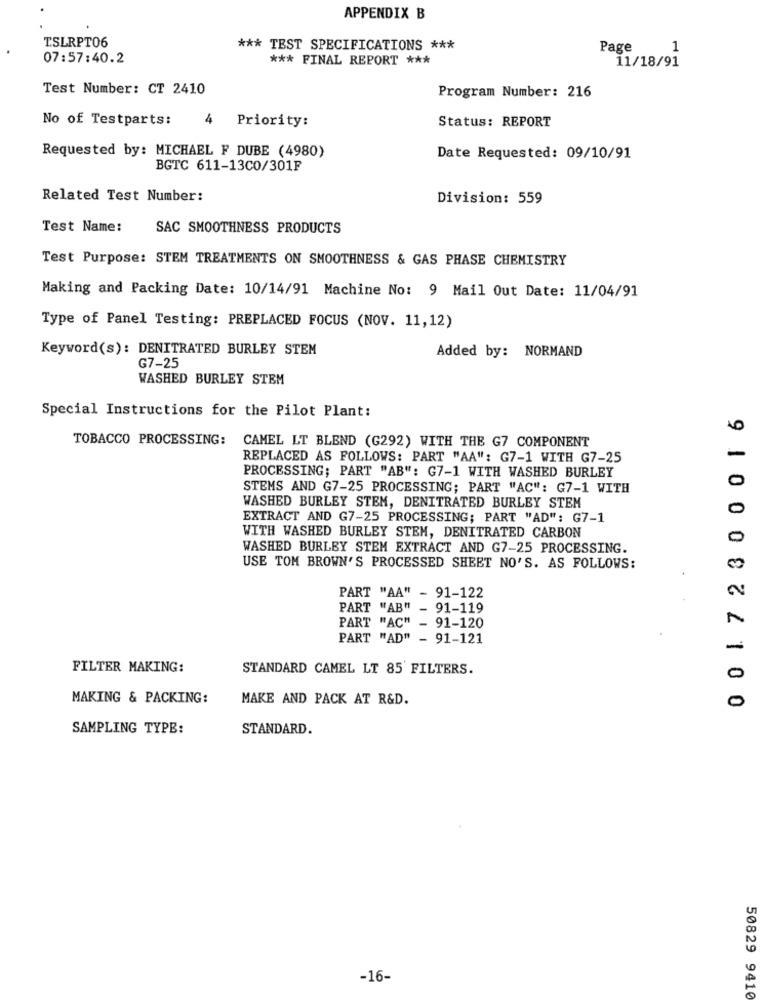
APPENDIX B
TSLRPT06
*** TEST SPECIFICATIONS ***
Page
1
07:57:40.2
*** FINAL REPORT ***
11/18/91
Test Number: CT 2410
Program Number: 216
No of Testparts:
4 Priority:
Status: REPORT
Requested by: MICHAEL F DUBE (4980)
Date Requested: 09/10/91
BGTC 611-13C0/301F
Related Test Number:
Division: 559
Test Name:
SAC SMOOTHNESS PRODUCTS
Test Purpose: STEM TREATMENTS ON SMOOTHNESS & GAS PHASE CHEMISTRY
Making and Packing Date: 10/14/91 Machine No: 9 Mail Out Date: 11/04/91
Type of Panel Testing: PREPLACED FOCUS (NOV. 11,12)
Keyword(s): DENITRATED BURLEY STEM
Added by: NORMAND
G7-25
WASHED BURLEY STEM
0 0172800016
Special Instructions for the Pilot Plant:
TOBACCO PROCESSING:
CAMEL LT BLEND (G292) WITH THE G7 COMPONENT
REPLACED AS FOLLOWS: PART "AA": G7-1 WITH G7-25
-
PROCESSING; PART "AB": G7-1 WITH WASHED BURLEY
0
STEMS AND G7-25 PROCESSING; PART "AC": G7-1 WITH
WASHED BURLEY STEM, DENITRATED BURLEY STEM
0
EXTRACT AND G7-25 PROCESSING; PART "AD": G7-1
WITH WASHED BURLEY STEM, DENITRATED CARBON
0
WASHED BURLEY STEM EXTRACT AND G7-25 PROCESSING.
USE TOM BROWN'S PROCESSED SHEET NO'S. AS FOLLOWS:
PART "AA" - 91-122
PART "AB" - 91-119
PART "AC" - 91-120
PART "AD" - 91-121
FILTER MAKING:
STANDARD CAMEL LT 85 FILTERS.
MAKING & PACKING:
MAKE AND PACK AT R&D.
0
SAMPLING TYPE:
STANDARD.
-16-
50829 9410